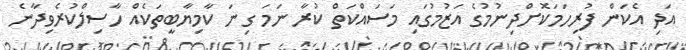
އަދި އެކަން ފުރިހަމަކޮށްދިނުމުގެ އަޒުމުގައި މަސައްކަތް ކުރާ ނަމަ ގިނަ ކާމިޔާބީތަކެއް ހާސިލްކުރެވިދާނެ